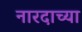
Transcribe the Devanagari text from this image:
नारदाच्या